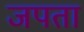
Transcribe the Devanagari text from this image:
जपता